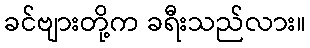
ခင်ဗျားတို့က ခရီးသည်လား။